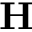
\mathbf { H }